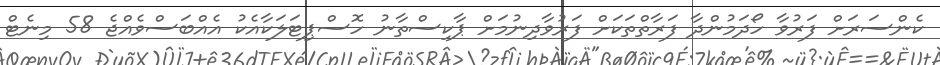
ކެންސަރަށް ފަރުވާ ހޯދަމުންދާ ފަރާތްތަކަށް ފަރުވާދިނުމަށް ޕާކިސްތާނު ހޮސްޕިޓަލަކާއެކު އެއްބަސްވެއްޖެ 58 މިނެޓް